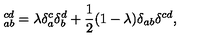
\ _ { a b } ^ { c d } = \lambda \delta _ { a } ^ { c } \delta _ { b } ^ { d } + \frac { 1 } { 2 } ( 1 - \lambda ) \delta _ { a b } \delta ^ { c d } ,